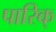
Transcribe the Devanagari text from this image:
पारिक्